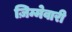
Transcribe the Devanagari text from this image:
ज़िम्मेवारी